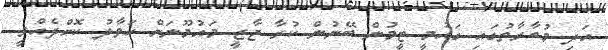
އަދި މުބާރާތުގައި ގައުމީ ޓީމުން ބޭނުން ކުރާ ޖާޒީ މައުމޫނަށް ހަވާލު ކޮށްދެއްވީ